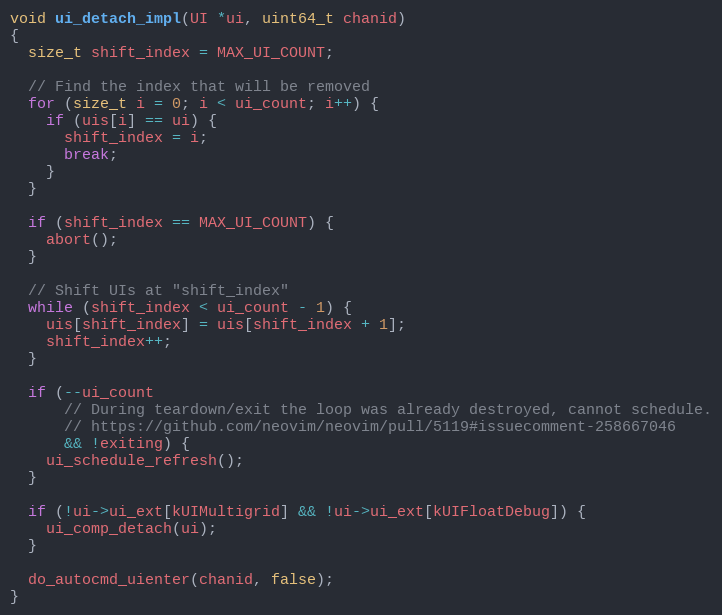
Language: C
void ui_detach_impl(UI *ui, uint64_t chanid)
{
  size_t shift_index = MAX_UI_COUNT;

  // Find the index that will be removed
  for (size_t i = 0; i < ui_count; i++) {
    if (uis[i] == ui) {
      shift_index = i;
      break;
    }
  }

  if (shift_index == MAX_UI_COUNT) {
    abort();
  }

  // Shift UIs at "shift_index"
  while (shift_index < ui_count - 1) {
    uis[shift_index] = uis[shift_index + 1];
    shift_index++;
  }

  if (--ui_count
      // During teardown/exit the loop was already destroyed, cannot schedule.
      // https://github.com/neovim/neovim/pull/5119#issuecomment-258667046
      && !exiting) {
    ui_schedule_refresh();
  }

  if (!ui->ui_ext[kUIMultigrid] && !ui->ui_ext[kUIFloatDebug]) {
    ui_comp_detach(ui);
  }

  do_autocmd_uienter(chanid, false);
}